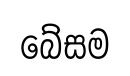
බේසම